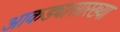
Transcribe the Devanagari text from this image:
आकड्यासारख्या